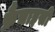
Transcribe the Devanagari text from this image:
फ्रैंचाइसी